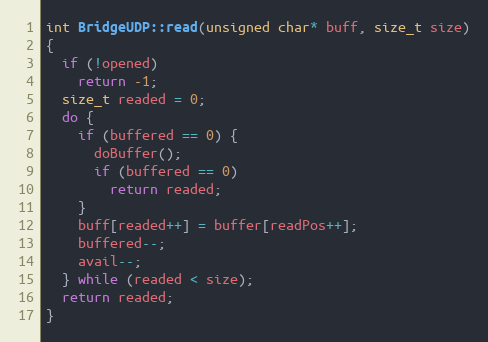
Language: C++
int BridgeUDP::read(unsigned char* buff, size_t size)
{
  if (!opened)
    return -1;
  size_t readed = 0;
  do {
    if (buffered == 0) {
      doBuffer();
      if (buffered == 0)
        return readed;
    }
    buff[readed++] = buffer[readPos++];
    buffered--;
    avail--;
  } while (readed < size);
  return readed;
}